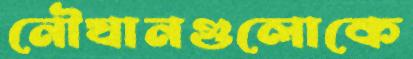
নৌযানগুলোকে